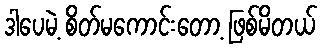
ဒါပေမဲ့ စိတ်မကောင်းတော့ ဖြစ်မိတယ်